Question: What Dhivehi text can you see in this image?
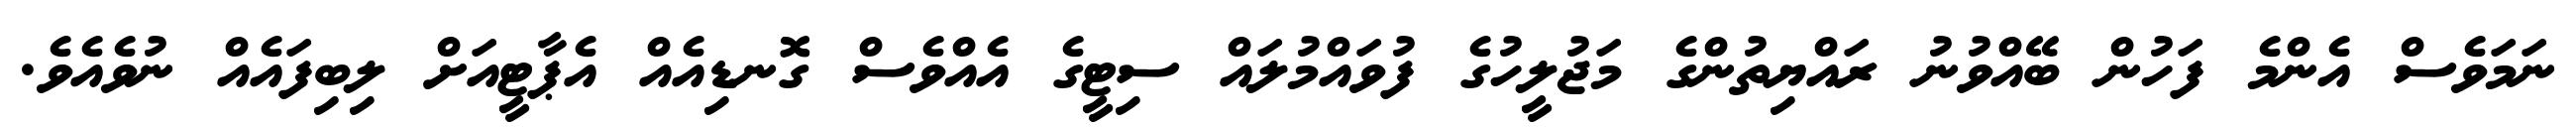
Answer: ނަމަވެސް އެންމެ ފަހުން ބޭއްވުނު ރައްޔިތުންގެ މަޖުލީހުގެ ފުވައްމުލައް ސިޓީގެ އެއްވެސް ގޮނޑިއެއް އެޕާޓީއަށް ލިބިފައެއް ނުވެއެވެ.